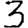
Digit: 3